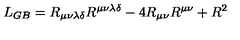
L _ { G B } = R _ { \mu \nu \lambda \delta } R ^ { \mu \nu \lambda \delta } - 4 R _ { \mu \nu } R ^ { \mu \nu } + R ^ { 2 }